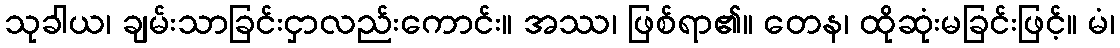
သုခါယ၊ ချမ်းသာခြင်းငှာလည်းကောင်း။ အဿ၊ ဖြစ်ရာ၏။ တေန၊ ထိုဆုံးမခြင်းဖြင့်။ မံ၊